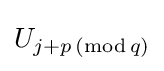
U_{j+p\,(\operatorname {mod} q)}